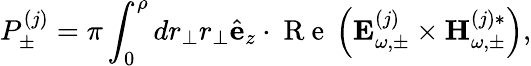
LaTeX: P_{\pm}^{(j)}=\pi\int_{0}^{\rho}dr_{\perp}r_{\perp}\hat{\mathbf e}_{z}\cdot\mathrm{~R~e~}\left({\mathbf E}_{\omega,\pm}^{(j)}\times{\mathbf H}_{\omega,\pm}^{(j)*}\right),